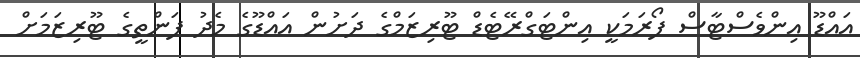
އައްޑޫ އިންވެސްޓާސް ފޯރަމަކީ އިންޓަގްރޭޓެޑް ޓޫރިޒަމްގެ ދަށުން އައްޑޫގެ މެދު ފަންތީގެ ޓޫރިޒަމަށް